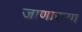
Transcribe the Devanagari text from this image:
जाणारऱ्या